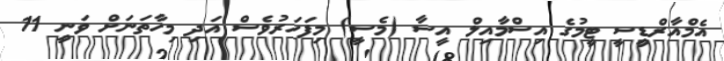
އެމްއާރްޑީސީ ޓީމުގެ އިސްމާއިލް އީސާ (މެސީ) މިފަހަރުވެސް އަދި މިހާތަނަށް ވަނީ 11